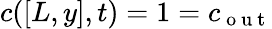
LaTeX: c([L,y],t)=1=c_{\mathrm{~o~u~t~}}